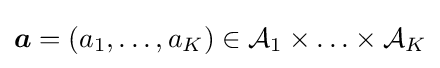
{\boldsymbol {a}}=\left(a_{1},\ldots ,a_{K}\right)\in {\mathcal {A}}_{1}\times \ldots \times {\mathcal {A}}_{K}